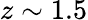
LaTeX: z\sim 1.5